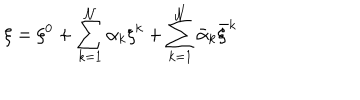
\xi = \xi ^ { 0 } + \sum _ { k = 1 } ^ { \cal N } \alpha _ { k } \xi ^ { k } + \sum _ { k = 1 } ^ { \cal N } \bar { \alpha } _ { k } \bar { \xi } ^ { k }